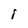
Character: I